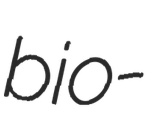
bio-